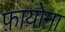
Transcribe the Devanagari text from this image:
फ़ायोना